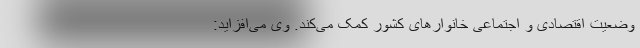
وضعیت اقتصادی و اجتماعی خانوارهای کشور کمک می‌کند. وی می‌افزاید: